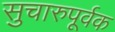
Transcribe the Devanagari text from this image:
सुचारुपूर्वक